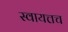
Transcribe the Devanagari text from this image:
स्वायत्तच